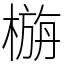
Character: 㮵